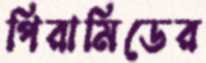
পিরামিডের